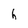
Character: h